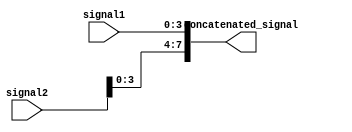
module concat_example(input [3:0] signal1,
                      input [4:0] signal2,
                      output reg [7:0] concatenated_signal);

always @(signal1 or signal2)
begin
  concatenated_signal = {signal2[4], signal2[3:0], signal1};
end

endmodule